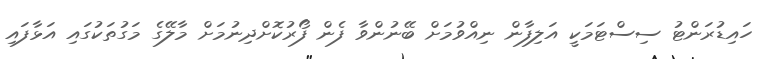
ހައިޑުރަންޓު ސިސްޓަމަކީ އަލިފާން ނިއްވުމަށް ބޭނުންވާ ފެން ފޯރުކޮށްދިނުމަށް މާލޭގެ މަގުތަކުގައި އަޅާފައި